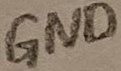
Text: GND